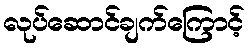
လုပ်ဆောင်ချက်ကြောင့်